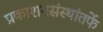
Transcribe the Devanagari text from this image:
प्रकाशनसंस्थांतर्फे